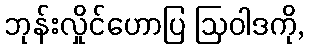
ဘုန်းလှိုင်ဟောပြ ဩဝါဒကို,